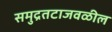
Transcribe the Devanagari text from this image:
समुद्रतटाजवळील